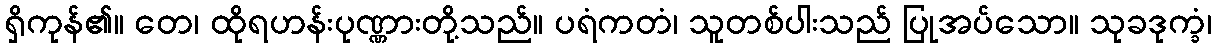
ရှိကုန်၏။ တေ၊ ထိုရဟန်းပုဏ္ဏားတို့သည်။ ပရံကတံ၊ သူတစ်ပါးသည် ပြုအပ်သော။ သုခဒုက္ခံ၊